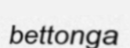
bettonga